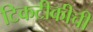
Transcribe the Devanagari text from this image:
टिकटीकीची